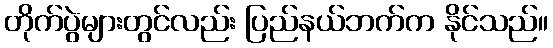
တိုက်ပွဲများတွင်လည်း ပြည်နယ်ဘက်က နိုင်သည်။